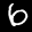
Label: 6